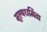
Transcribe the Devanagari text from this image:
मूल्यधर्मिता